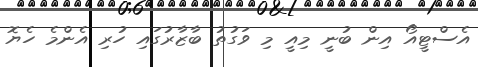
އެސްޓީއޯ އިން ބުނީ މިއީ މި ވަގުތު ބާޒާރުގައި ހުރި އެންމެ ހެޔޮ